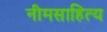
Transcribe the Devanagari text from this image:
नीमसाहित्य